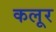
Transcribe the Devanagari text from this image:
कलूर